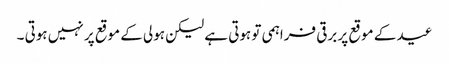
عید کے موقع پر برقی فراہمی تو ہوتی ہے لیکن ہولی کے موقع پر نہیں ہوتی ۔